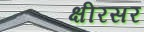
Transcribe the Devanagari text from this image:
क्षीरसर